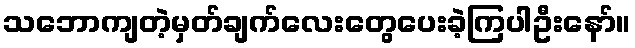
သဘောကျတဲ့မှတ်ချက်လေးတွေပေးခဲ့ကြပါဦးနော်။